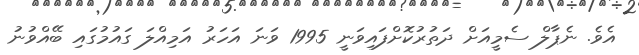
އެވެ. ނެޕާލް ސެމީއަށް ދަތަުރުކޮށްފައިވަނީ 1995 ވަނަ އަހަރު އަމިއްލަ ގައުމުގައި ބޭއްވުނު